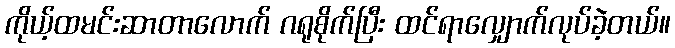
ကိုယ့်ထမင်းဆာတာလောက် ဂရုစိုက်ပြီး ထင်ရာလျှောက်လုပ်ခဲ့တယ်။